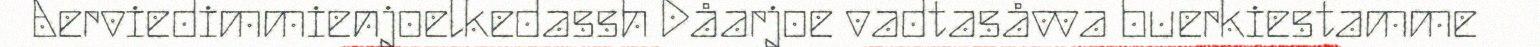
Aerviedimmienjoelkedassh Dåarjoe vadtasåvva buerkiestamme